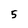
Character: 5